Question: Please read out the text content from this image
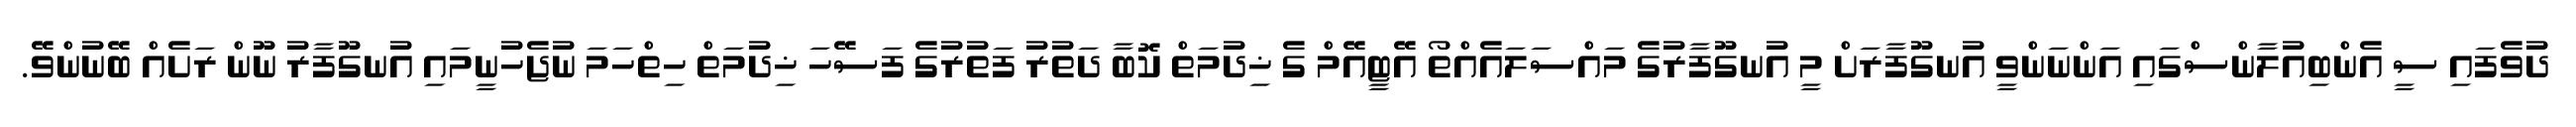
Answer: ދުވެފައި ސީ އެންބިއުލާންސްގައި އަންނަންވީ އުނގޫފާރަށް މީ އުނގޫފާރުގެ މައްސަލައެއްތޯ އޭޓީއޭމް ގެ ޚިދުމަތް ކޮބާ ދަތުރު ފަތުރުގެ ފަސޭހަ ޚިދުމަތް ހިތްހަމަ ނުޖެހުނީމައި އުނގޫފާރު ނޫން ރަށެއް ބޭނުންވޭ.